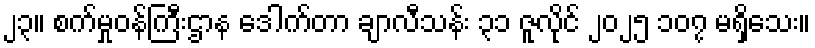
၂၃။ စက်မှုဝန်ကြီးဌာန ဒေါက်တာ ချာလီသန်း ၃၁ ဇူလိုင် ၂၀၂၅ ၁၀၇ မရှိသေး။